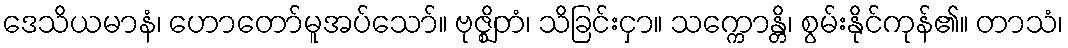
ဒေသိယမာနံ၊ ဟောတော်မူအပ်သော်။ ဗုဇ္ဈိတံ၊ သိခြင်းငှာ။ သက္ကောန္တိ၊ စွမ်းနိုင်ကုန်၏။ တာသံ၊